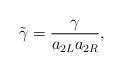
LaTeX: \begin{align*}\tilde{\gamma} = \frac{\gamma}{a_{2L} a_{2R}},\end{align*}